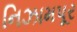
નિઝામપૂર